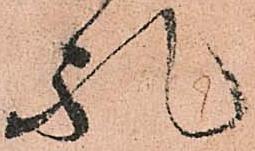
礼